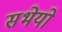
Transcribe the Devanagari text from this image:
सभेयो